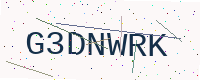
Text: G3DNWRK